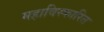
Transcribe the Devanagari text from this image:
महाविस्फारित